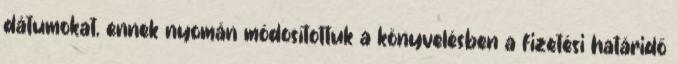
dátumokat, ennek nyomán módosítottuk a könyvelésben a fizetési határidő